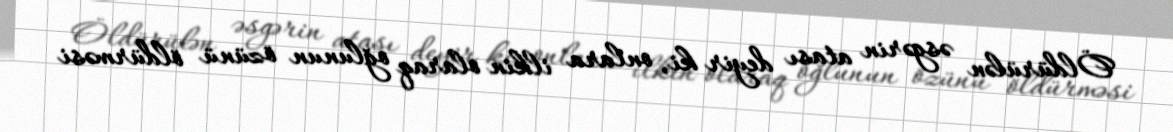
Öldürülən əsgərin atası deyir ki, onlara ilkin olaraq oğlunun özünü öldürməsi